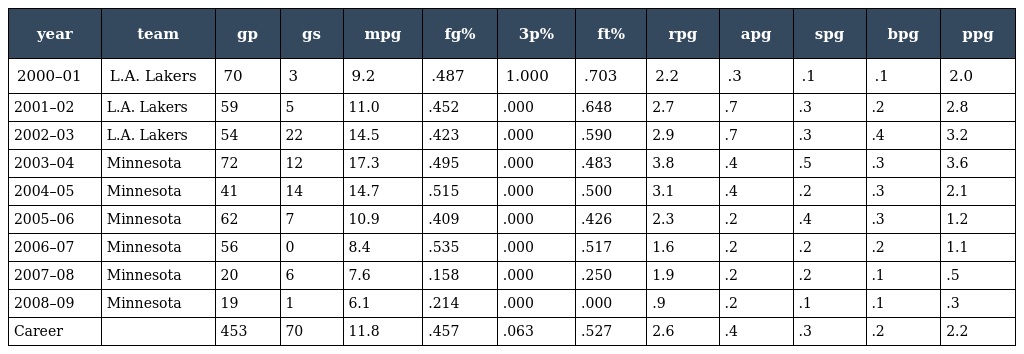
| year | team | gp | gs | mpg | fg% | 3p% | ft% | rpg | apg | spg | bpg | ppg |
 | --- | --- | --- | --- | --- | --- | --- | --- | --- | --- | --- | --- | --- |
 | 2000–01 | L.A. Lakers | 70 | 3 | 9.2 | .487 | 1.000 | .703 | 2.2 | .3 | .1 | .1 | 2.0 |
 | 2001–02 | L.A. Lakers | 59 | 5 | 11.0 | .452 | .000 | .648 | 2.7 | .7 | .3 | .2 | 2.8 |
 | 2002–03 | L.A. Lakers | 54 | 22 | 14.5 | .423 | .000 | .590 | 2.9 | .7 | .3 | .4 | 3.2 |
 | 2003–04 | Minnesota | 72 | 12 | 17.3 | .495 | .000 | .483 | 3.8 | .4 | .5 | .3 | 3.6 |
 | 2004–05 | Minnesota | 41 | 14 | 14.7 | .515 | .000 | .500 | 3.1 | .4 | .2 | .3 | 2.1 |
 | 2005–06 | Minnesota | 62 | 7 | 10.9 | .409 | .000 | .426 | 2.3 | .2 | .4 | .3 | 1.2 |
 | 2006–07 | Minnesota | 56 | 0 | 8.4 | .535 | .000 | .517 | 1.6 | .2 | .2 | .2 | 1.1 |
 | 2007–08 | Minnesota | 20 | 6 | 7.6 | .158 | .000 | .250 | 1.9 | .2 | .2 | .1 | .5 |
 | 2008–09 | Minnesota | 19 | 1 | 6.1 | .214 | .000 | .000 | .9 | .2 | .1 | .1 | .3 |
 | Career |  | 453 | 70 | 11.8 | .457 | .063 | .527 | 2.6 | .4 | .3 | .2 | 2.2 |